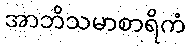
အာဘိသမာစာရိကံ